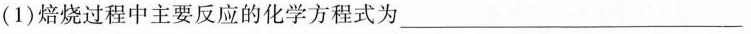
(1)焙烧过程中主要反应的化学方程式为___